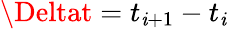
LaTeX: \Deltat=t_{\mathit{i}+1}-t_{\mathit{i}}